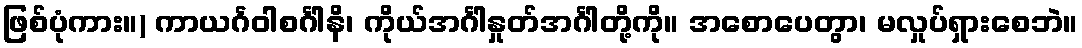
ဖြစ်ပုံကား။) ကာယင်္ဂဝါစင်္ဂါနိ၊ ကိုယ်အင်္ဂါနှုတ်အင်္ဂါတို့ကို။ အစောပေတွာ၊ မလှုပ်ရှားစေဘဲ။